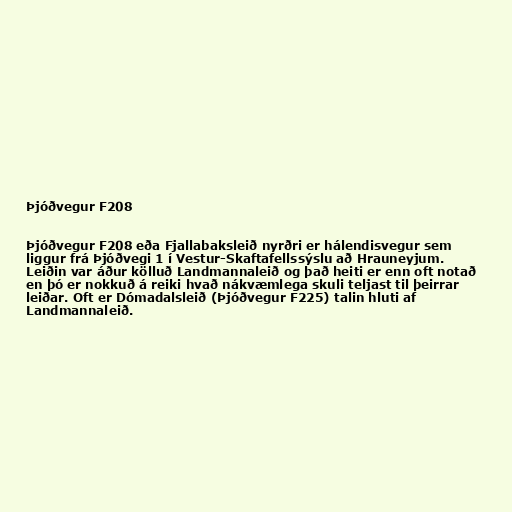
Þjóðvegur F208

Þjóðvegur F208 eða Fjallabaksleið nyrðri er hálendisvegur sem
liggur frá Þjóðvegi 1 í Vestur-Skaftafellssýslu að Hrauneyjum.
Leiðin var áður kölluð Landmannaleið og það heiti er enn oft notað
en þó er nokkuð á reiki hvað nákvæmlega skuli teljast til þeirrar
leiðar. Oft er Dómadalsleið (Þjóðvegur F225) talin hluti af
Landmannaleið.